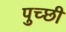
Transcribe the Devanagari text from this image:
पुच्छी